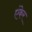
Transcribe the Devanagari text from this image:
एंकेर